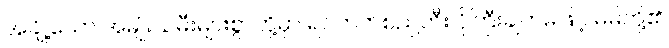
အချို့သော အမျိုးသမီးများစွာတို့မှာ ရင်ဘတ်စည်တီး ငိုကြီးချက်မဖြင့် မိမိတို့၏